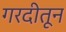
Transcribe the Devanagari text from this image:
गरदीतून